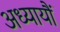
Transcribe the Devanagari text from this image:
अध्यायौं